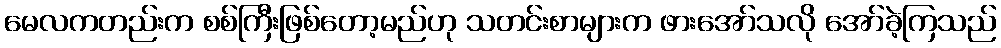
မေလကတည်းက စစ်ကြီးဖြစ်တော့မည်ဟု သတင်းစာများက ဖားအော်သလို အော်ခဲ့ကြသည်